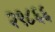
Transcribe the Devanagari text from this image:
२९८६६